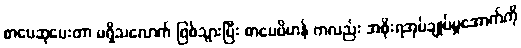
စာပေဆုပေးတာ မရှိသလောက် ဖြစ်သွားပြီး စာပေဗိမာန် ကလည်း အစိုးရအုပ်ချုပ်မှုအောက်ကို